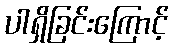
ပါရှိခြင်းကြောင့်